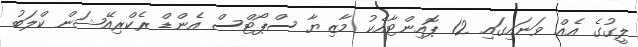
ލީގުގެ އެއް ވަނައިގައި 12 ޕޮއިންޓާއެކު މާޒިޔާ ސްޕޯޓްސް އެންޑް ރެކްރިއޭޝަން ކްލަބު